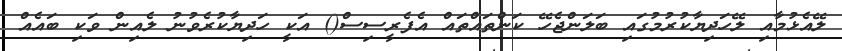
ލޭއެޅުމާއި ލޭހަދިޔާކުރުމުގައި ބަލަންޖެހޭ ކަންތައްތައް އެފެރީސިސް() އަކީ ހަދިޔާކުރެވުނު ލެއިން ވަކި ބައެއް